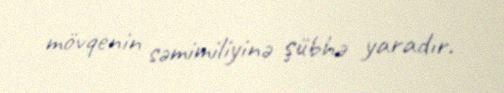
mövqenin səmimiliyinə şübhə yaradır.